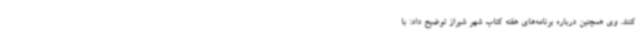
کنند. وی همچنین درباره برنامه‌های هفته کتاب شهر شیراز توضیح داد: با